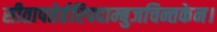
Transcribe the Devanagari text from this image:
सीतापतेर्हरिपदाम्बुजचिन्तकेन।